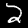
Label: 2